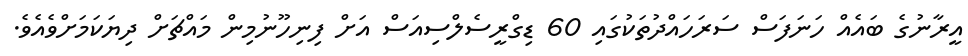
އީރާނުގެ ބައެއް ހަނަފަސް ސަރަހައްދުތަކުގައި 60 ޑިގްރީސެލްސިއަސް އަށް ފިނިހޫނުމިން މައްޗަށް ދިޔަކަމަށްވެއެވެ.